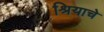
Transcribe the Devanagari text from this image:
श्रियाचे